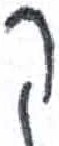
אות: ק